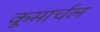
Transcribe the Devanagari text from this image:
कूमार्चल